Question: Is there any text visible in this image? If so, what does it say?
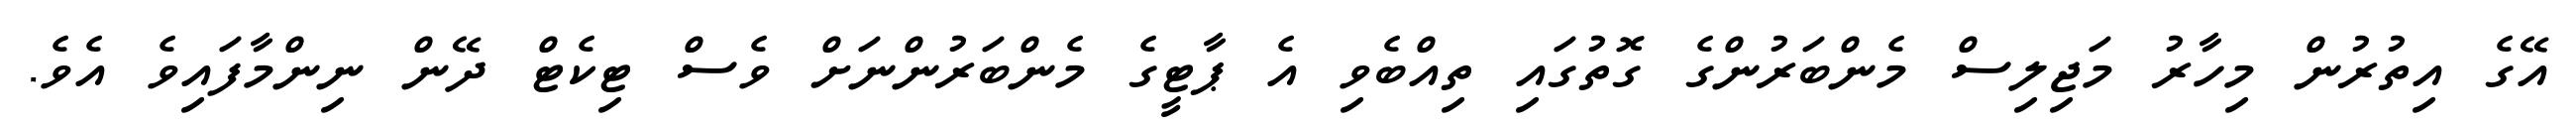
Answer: އޭގެ އިތުރުން މިހާރު މަޖިލިސް މެންބަރުންގެ ގޮތުގައި ތިއްބެވި އެ ޕާޓީގެ މެންބަރުންނަށް ވެސް ޓިކެޓް ދޭން ނިންމާފައިވެ އެވެ.